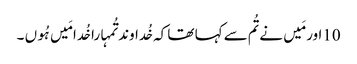
10اور مَیں نے تُم سے کہا تھا کہ خُداوند تُمہارا خُدا مَیں ہُوں ۔